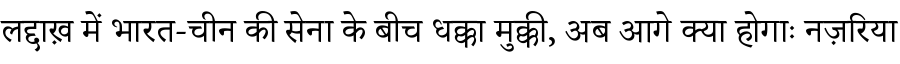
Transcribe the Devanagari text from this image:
लद्दाख़ में भारत-चीन की सेना के बीच धक्का मुक्की, अब आगे क्या होगाः नज़रिया